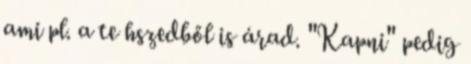
ami pl. a te hszedből is árad. "Kapni" pedig